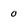
Character: 0